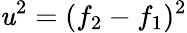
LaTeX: \mathit{u}^{2}=(f_{2}-f_{1})^{2}